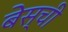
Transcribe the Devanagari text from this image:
बेस्ची